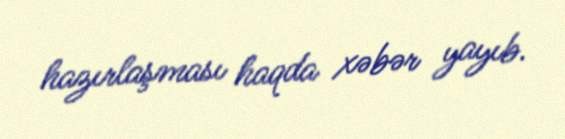
hazırlaşması haqda xəbər yayıb.